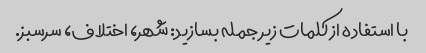
با استفاده از کلمات زیر جمله بسازید: شهر، اختلاف، سرسبز.